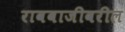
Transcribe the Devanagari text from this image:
रावबाजीवरील